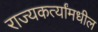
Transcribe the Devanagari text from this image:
राज्यकर्त्यांमधील